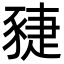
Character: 䝊